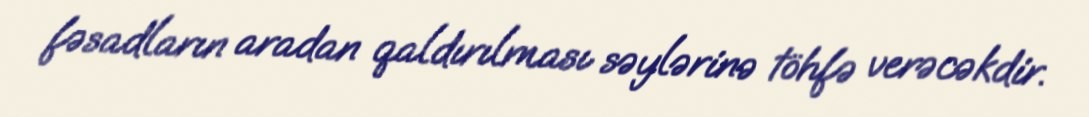
fəsadların aradan qaldırılması səylərinə töhfə verəcəkdir.